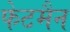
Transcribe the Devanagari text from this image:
फेटमैन